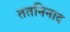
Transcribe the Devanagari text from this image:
ततनिनाद